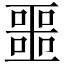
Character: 噩